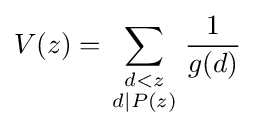
V(z)=\sum _{\begin{smallmatrix}d<z\\d\mid P(z)\end{smallmatrix}}{\frac {1}{g(d)}}